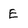
Character: E